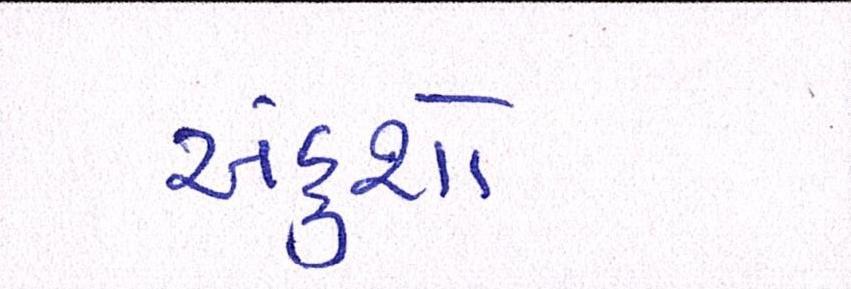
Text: અંકુશો